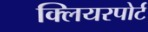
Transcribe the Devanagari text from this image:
क्लियरपोर्ट